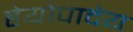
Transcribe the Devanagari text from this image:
हेयोपादेय